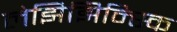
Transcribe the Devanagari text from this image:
लेझिझिन्स्कि